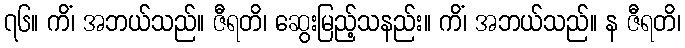
၇၆။ ကိံ၊ အဘယ်သည်။ ဇီရတိ၊ ဆွေးမြည့်သနည်း။ ကိံ၊ အဘယ်သည်။ န ဇီရတိ၊